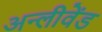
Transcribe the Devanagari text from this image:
अन्लीवेंड